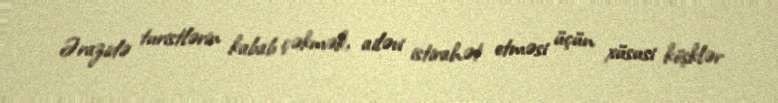
Ərazidə turistlərin kabab çəkmək, ailəvi istirahət etməsi üçün xüsusi köşklər